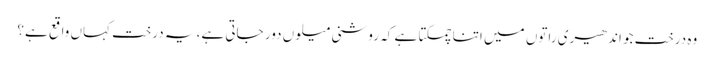
وہ درخت جو اندھیری راتوں میں اتنا چمکتا ہے کہ روشنی میلوں دور جاتی ہے، یہ درخت کہاں واقع ہے؟